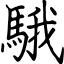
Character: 騀